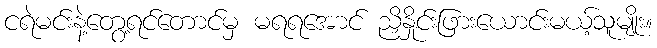
ငရဲမင်းနဲ့တွေ့ရင်တောင်မှ မရရအောင် ညှိနှိုင်းဖြားယောင်းမယ့်သူမျိုး။